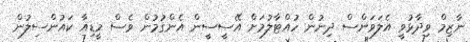
ނާޒިމް ވިދާޅުވީ އެލަވަންސް ދިނުން ހުއްޓާލުމަށް އޭސީސީން އެންގުމުން ވެސް މީޑިއާ ކައުންސިލުން